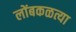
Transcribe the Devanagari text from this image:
लोंबकळत्या